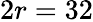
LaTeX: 2r=32